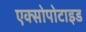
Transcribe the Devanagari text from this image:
एक्सोपोटाइड